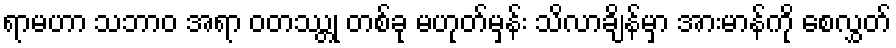
ရာမဟာ သဘာဝ အရာ ဝတဿ္တု တစ်ခု မဟုတ်မှန်း သိလာချိန်မှာ အားမာန်ကို စေလွှတ်